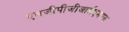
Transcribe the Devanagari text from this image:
एसजीपीजीआईएमएस